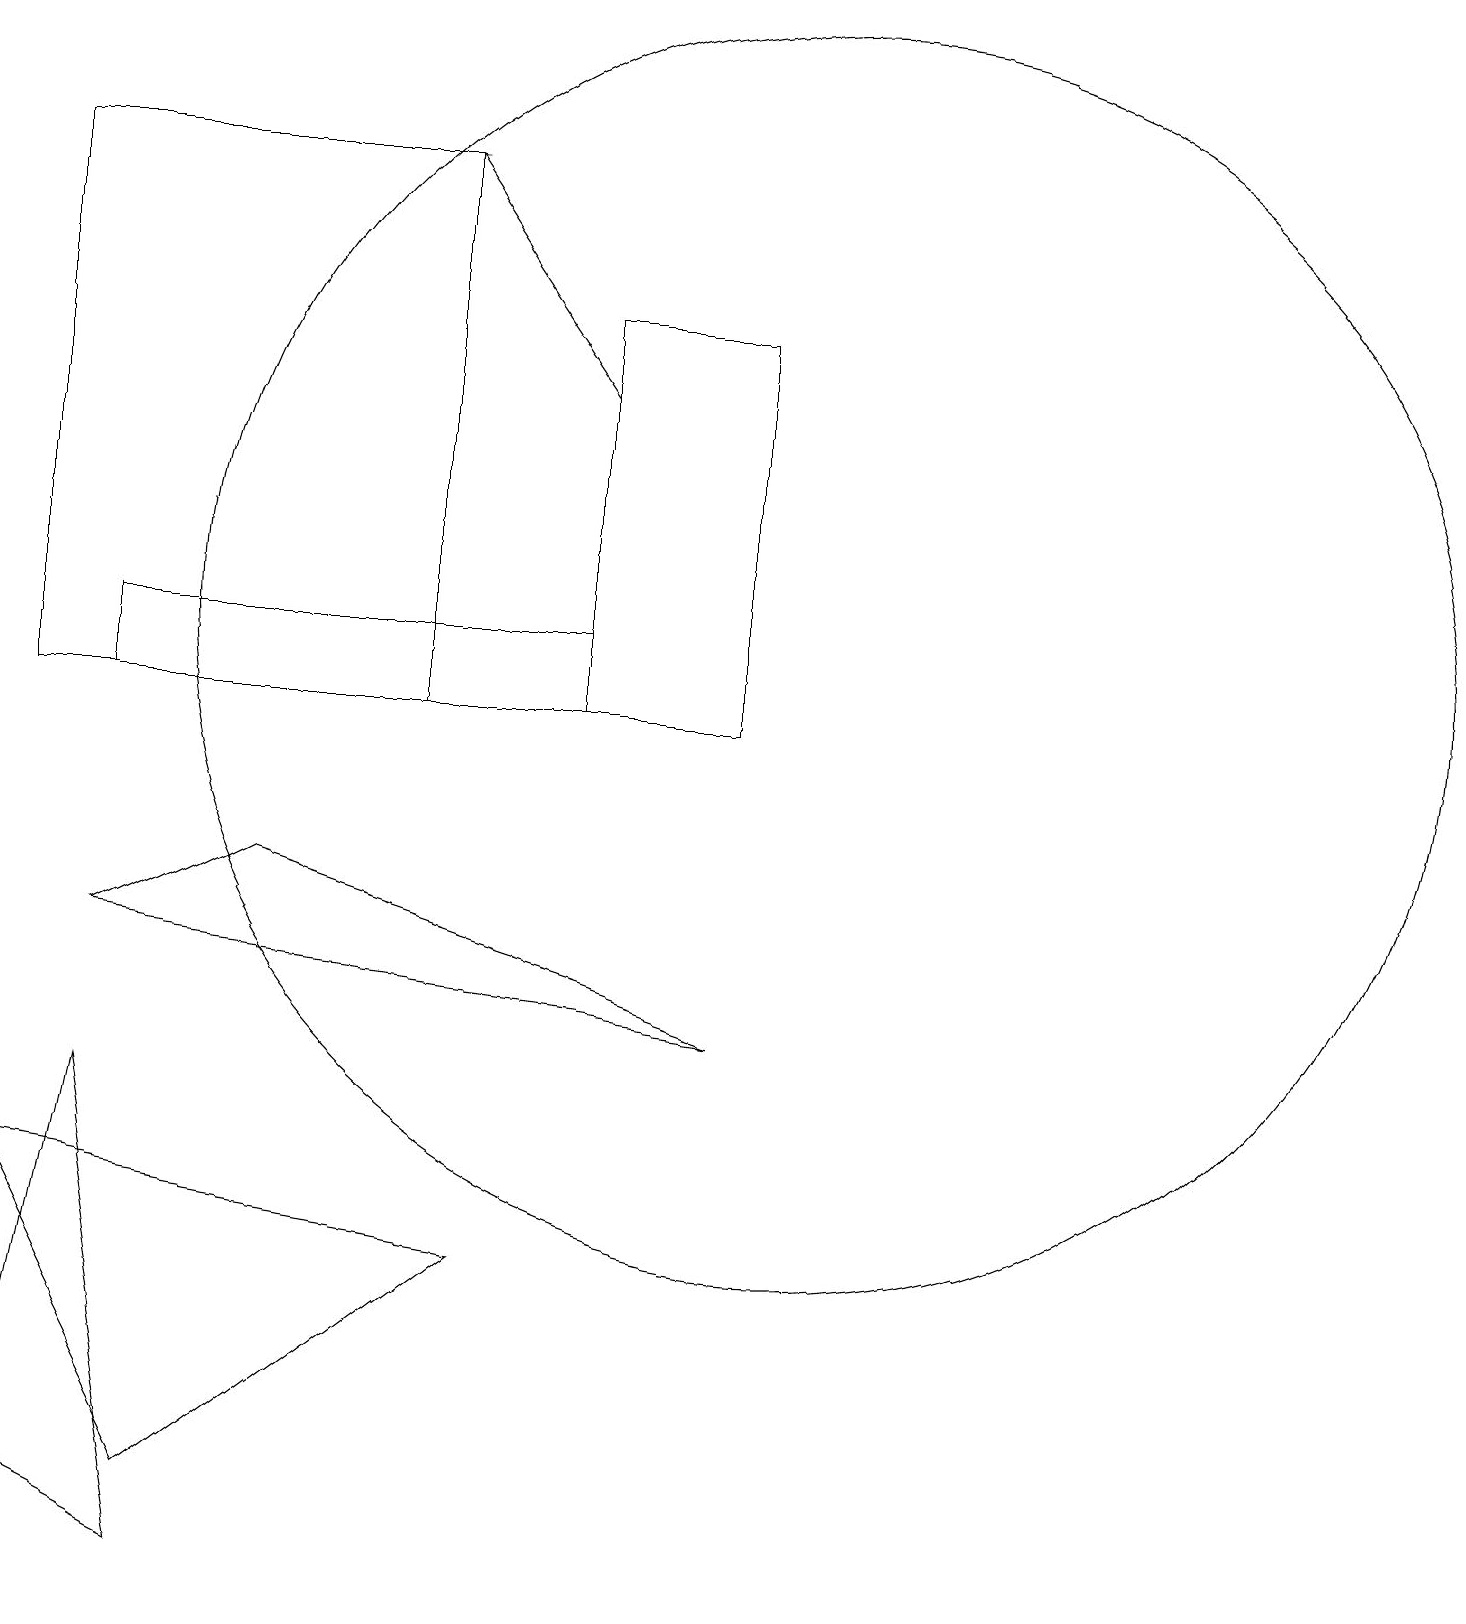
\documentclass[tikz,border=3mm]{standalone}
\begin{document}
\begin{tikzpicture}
\draw (7,16) rectangle (9,11);
\draw (1,11) rectangle (7,12);
\draw (1,6) -- (2,0) -- (0,1) -- cycle;
\draw (10,12) circle (8);
\draw (2,1) -- (6,4) -- (0,5) -- cycle;
\draw (5,18) rectangle (0,11);
\draw (1,8) -- (9,7) -- (3,9) -- cycle;
\draw[->] (7,15) -- (5,18);
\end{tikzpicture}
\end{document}